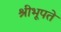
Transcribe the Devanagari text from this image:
श्रीभूपते